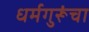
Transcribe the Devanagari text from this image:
धर्मगुरूंचा